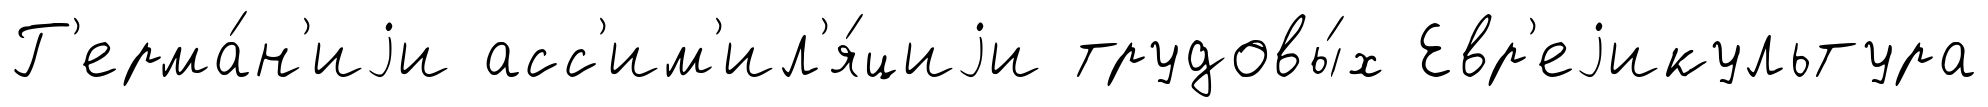
Г'ерма́н'иjи асс'им'ил'я́циjи трудовы́х Евр'еjикультура